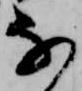
な